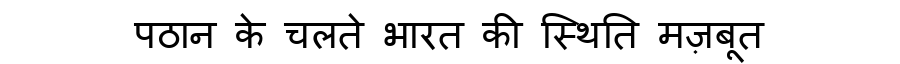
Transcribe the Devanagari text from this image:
पठान के चलते भारत की स्थिति मज़बूत